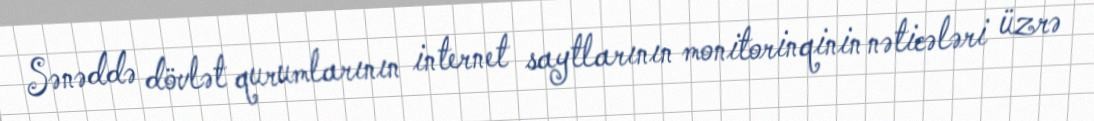
Sənəddə dövlət qurumlarının internet saytlarının monitorinqinin nəticələri üzrə